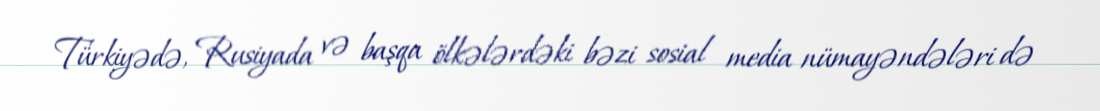
Türkiyədə, Rusiyada və başqa ölkələrdəki bəzi sosial media nümayəndələri də